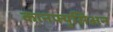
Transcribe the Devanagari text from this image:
कानफ्युसिअन